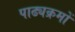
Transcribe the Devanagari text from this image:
पाढ्यक्रमों